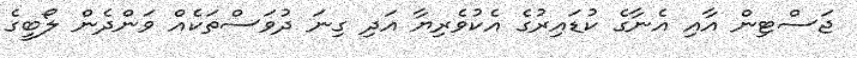
ޖަސްޓިން އާއި އެނާގެ ކުޑައިރުގެ އެކުވެރިޔާ އަދި ގިނަ ދުވަސްތަކެއް ވަންދެން ލޯބީގެ